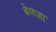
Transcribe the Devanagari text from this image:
बेमज़ा